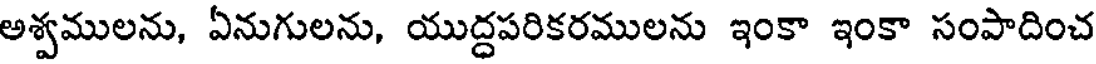
అశ్వములను, ఏనుగులను, యుద్దపరికరములను ఇంకా ఇంకా సంపాదించ